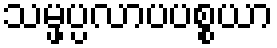
သမ္ဖပ္ပလာပပစ္စယာ